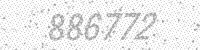
Solution: 886772